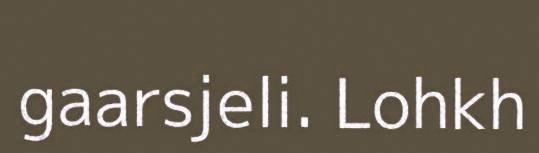
gaarsjeli. Lohkh